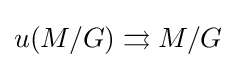
u(M/G)\rightrightarrows M/G